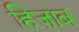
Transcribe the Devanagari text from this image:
हिज़ाब